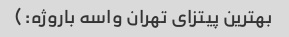
بهترین پیتزای تهران واسه باروژه:)